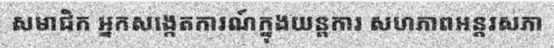
សមាជិក អ្នកសង្កេតការណ៍ក្នុងយន្តការ សហភាពអន្តរសភា